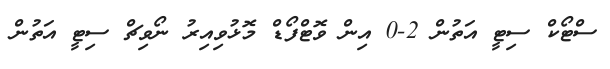
ސްޓޯކް ސިޓީ އަތުން 2-0 އިން ވޮޓްފޯޑް މޮޅުވިއިރު ނޯވިޗް ސިޓީ އަތުން